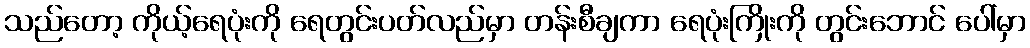
သည်တော့ ကိုယ့်ရေပုံးကို ရေတွင်းပတ်လည်မှာ တန်းစီချကာ ရေပုံးကြိုးကို တွင်းဘောင် ပေါ်မှာ